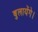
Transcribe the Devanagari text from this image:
बुलायेंगे।